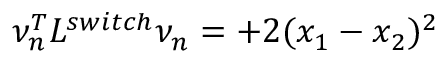
\nu _ { n } ^ { T } L ^ { s w i t c h } \nu _ { n } = + 2 ( x _ { 1 } - x _ { 2 } ) ^ { 2 }